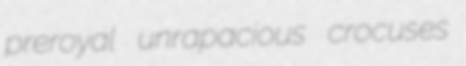
preroyal unrapacious crocuses